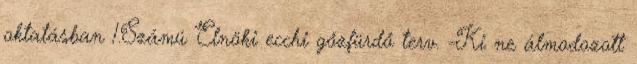
oktatásban 1.Számú Elnöki ecchi gőzfürdő terv. -Ki ne álmodozott